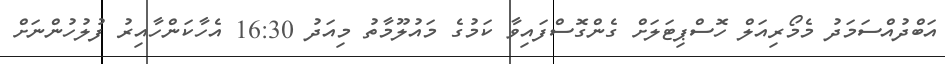
އަބްދުއްސަމަދު މެމޯރިއަލް ހޮސްޕިޓަލަށް ގެންގޮސްފައިވާ ކަމުގެ މައުލޫމާތު މިއަދު 16:30 އެހާކަންހާއިރު ފުލުހުންނަށް